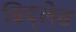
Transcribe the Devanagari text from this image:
ब्रिद्लेस